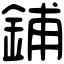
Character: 鋪